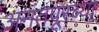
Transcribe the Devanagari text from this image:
अनंतपूरच्या